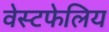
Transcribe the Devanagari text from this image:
वेस्टफेलिय